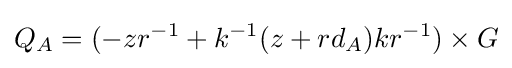
Q_{A}=(-zr^{-1}+k^{-1}(z+rd_{A})kr^{-1})\times G